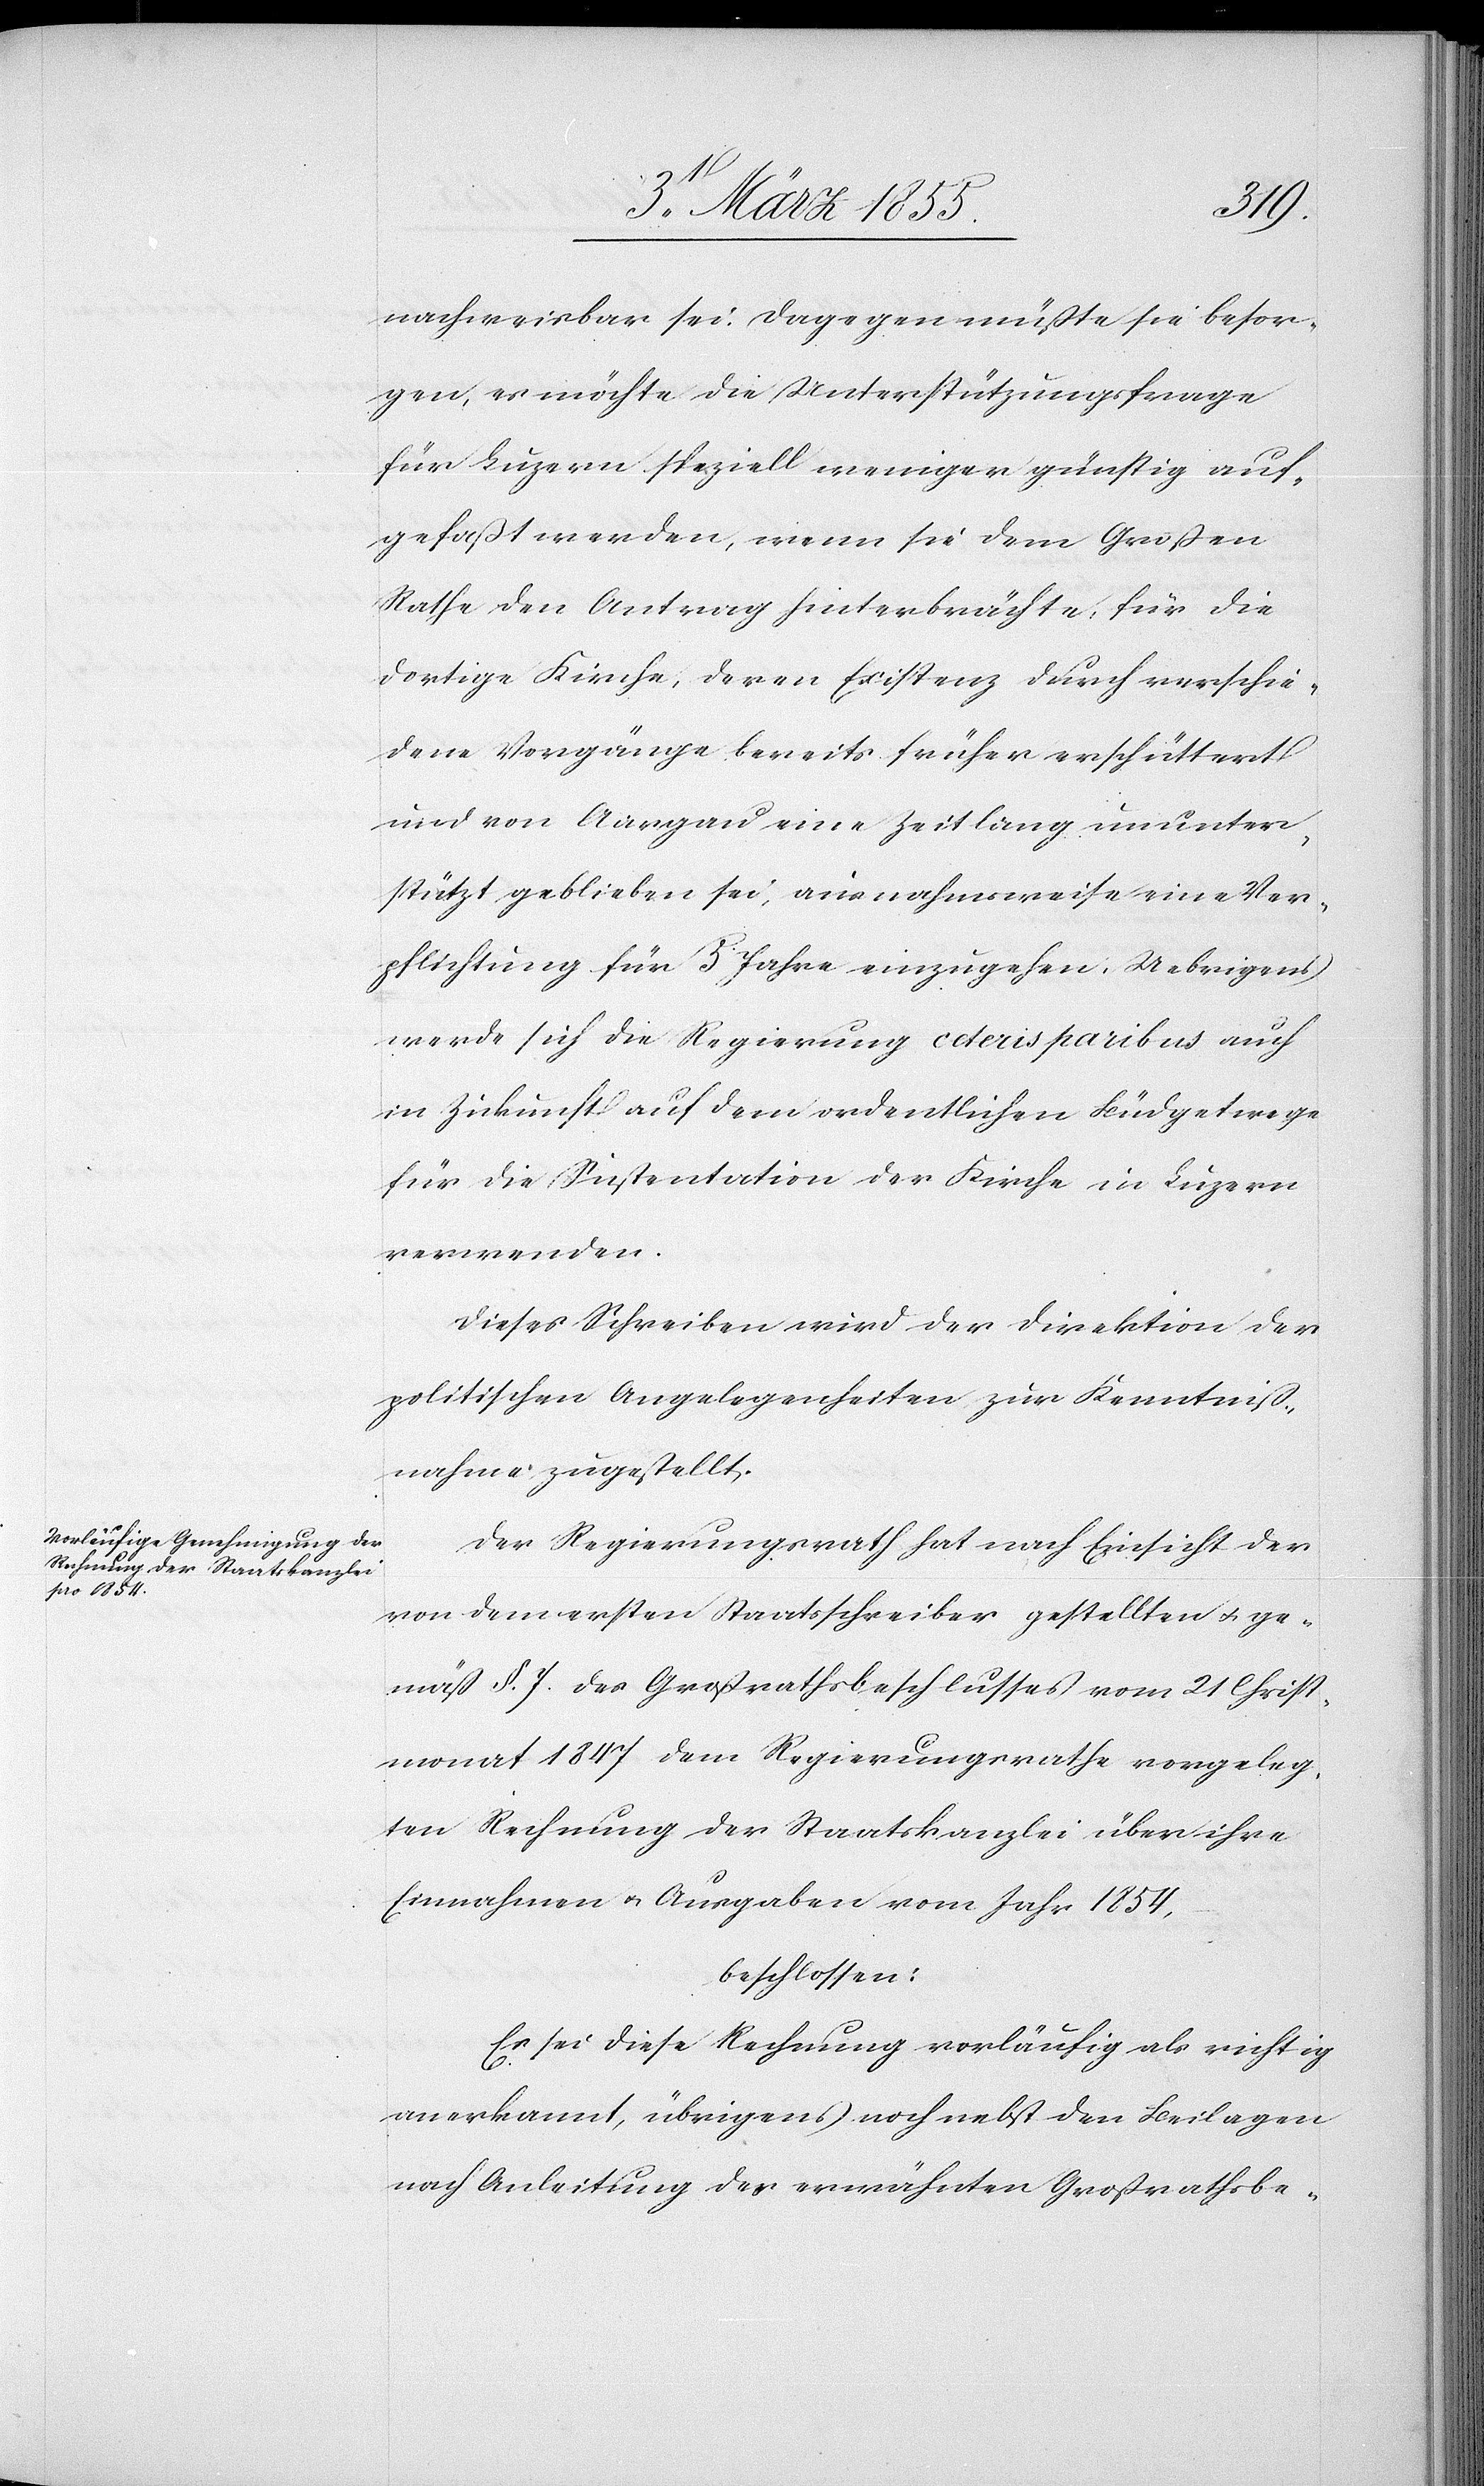
nachweisbar sei. Dagegen müßte sie besor¬
gen, es möchte die Unterstützungsfrage
für Luzern speziell weniger günstig auf¬
gefaßt werden, wenn sie dem Großen
Rathe den Antrag hinterbrächte, für die
dortige Kirche, deren Existenz durch verschie¬
dene Vorgänge bereits früher erschüttert
und von Aargau eine Zeitlang ununter¬
stützt geblieben sei, ausnahmsweise eine Ver¬
pflichtung für 5 Jahre einzugehen. Uebrigens
werde sich die Regierung ceteris paribus auch
in Zukunft auf dem ordentlichen Büdgetwege
für die Sustentation der Kirche in Luzern
verwenden.
Dieses Schreiben wird der Direktion der
politischen Angelegenheiten zur Kenntniß¬
nahme zugestellt.
Der Regierungsrath hat nach Einsicht der
von dem ersten Staatsschreiber gestellten & ge¬
mäß §. 7. des Großrathsbeschlusses vom 21 Christ¬
monat 1847 dem Regierungsrathe vorgeleg¬
ten Rechnung der Staatskanzlei über ihre
Einnahmen & Ausgaben vom Jahr 1854,
beschlossen:
Es sei diese Rechnung vorläufig als richtig
anerkannt, übrigens noch nebst den Beilagen
nach Anleitung des erwähnten Großrathsbe-